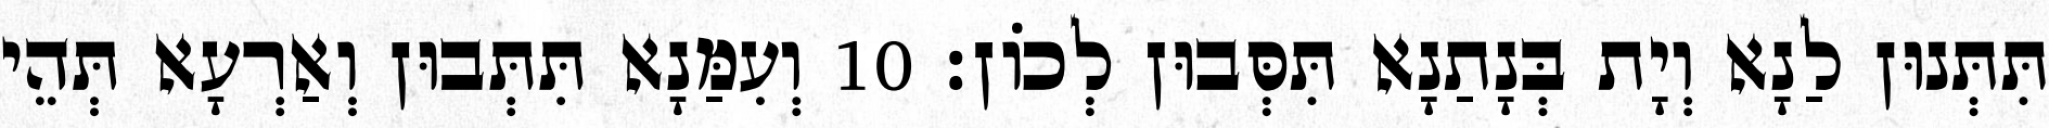
תִּתְּנוּן לַנָא וְיָת בְּנָתַנָא תִּסְּבוּן לְכוֹן׃ 10 וְעִמַּנָא תִּתְּבוּן וְאַרְעָא תְּהֵי